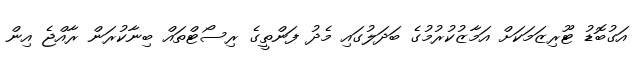
އަގުބޮޑު ޓޫރިޒަމަކަށް އަމާޒުކުރުމުގެ ބަދަލުގައި މެދު ފަންތީގެ ރިސޯޓްތައް ބިނާކުރަން ރާއްޖެ އިން